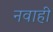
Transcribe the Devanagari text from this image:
नवाही